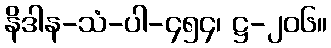
နိဒါန-သံ-ပါ-၄၅၄၊ ဋ္ဌ-၂၀၆။